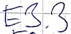
Text: E3.3